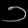
Digit: ၁